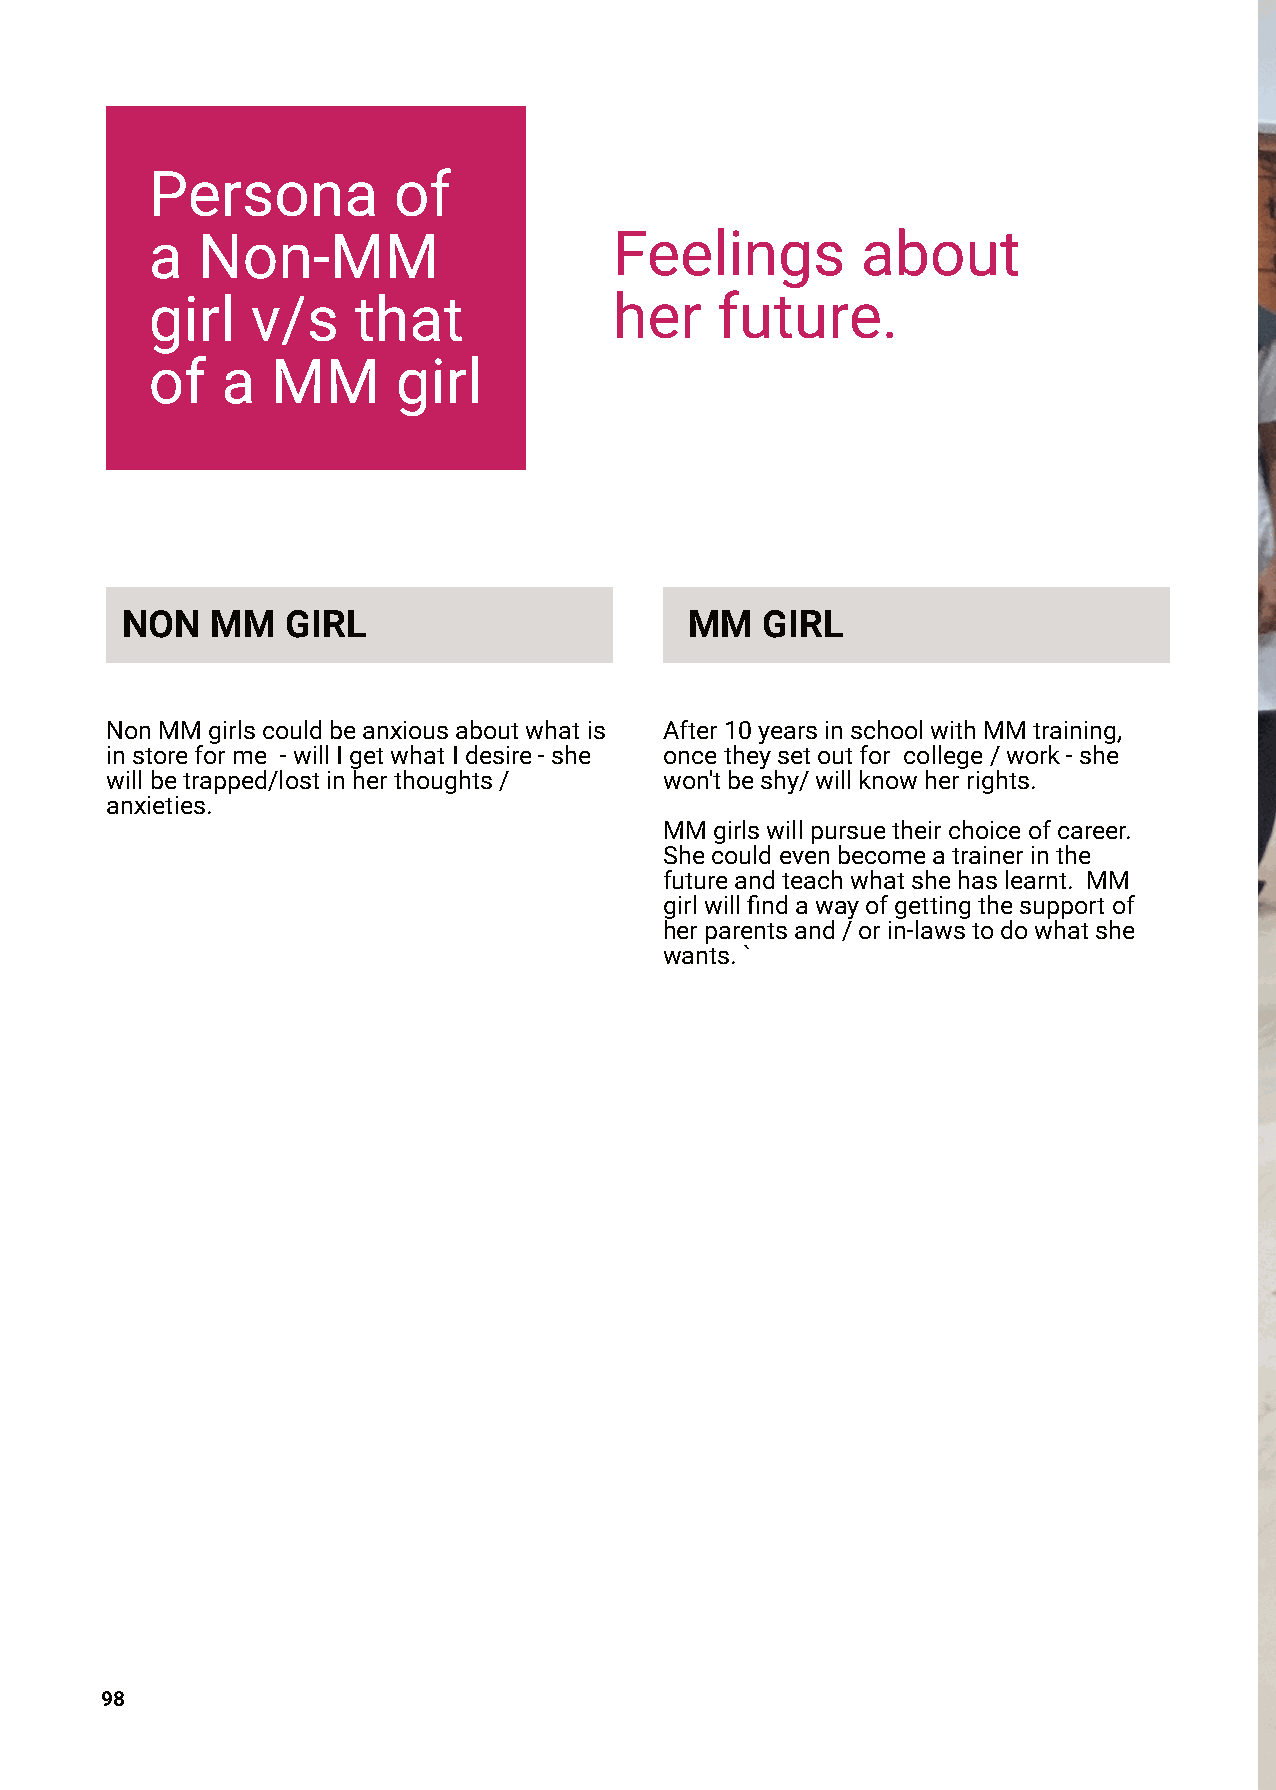
Persona         of
 a  Non-MM                      Feelings        about
 girl   v/s   that              her   future.
 of   a  MM      girl
 NON   MM   GIRL                       MM  GIRL
 NonMMgirlscouldbeanxiousaboutwhatis  After10yearsinschoolwithMMtraining,
 instoreforme -willIgetwhatIdesire-she oncetheysetoutfor college/work-she
 willbetrapped/lostinherthoughts/     won'tbeshy/willknowherrights.
 anxieties.
 MMgirlswillpursuetheirchoiceofcareer.
 Shecouldevenbecomeatrainerinthe
 futureandteachwhatshehaslearnt. MM
 girlwillfindawayofgettingthesupportof
 herparentsand/orin-lawstodowhatshe
 wants.`
 98